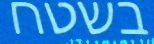
בשטח